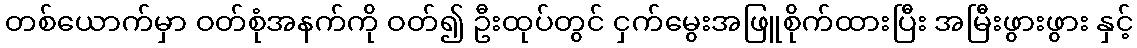
တစ်ယောက်မှာ ဝတ်စုံအနက်ကို ဝတ်၍ ဦးထုပ်တွင် ငှက်မွေးအဖြူစိုက်ထားပြီး အမြီးဖွားဖွား နှင့်